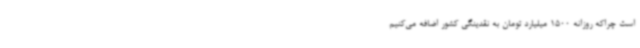
است چراکه روزانه 1500 میلیارد تومان به نقدینگی کشور اضافه می‌کنیم